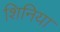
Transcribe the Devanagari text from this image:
शिनिया